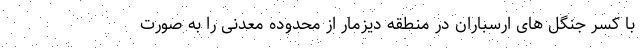
با کسر جنگل های ارسباران در منطقه دیزمار از محدوده معدنی را به صورت